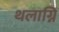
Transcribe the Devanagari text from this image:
थलाग्नि